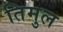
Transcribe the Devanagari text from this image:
तिमुल